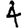
Digit: 4